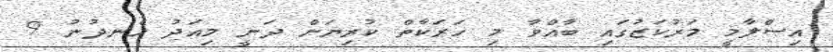
އިސްލާމީ މަރުކަޒުގައި ބާއްވާ މި ހަރަކާތް ކުރިޔަށް ދަނީ މިއަދު ހެނދުނު 9